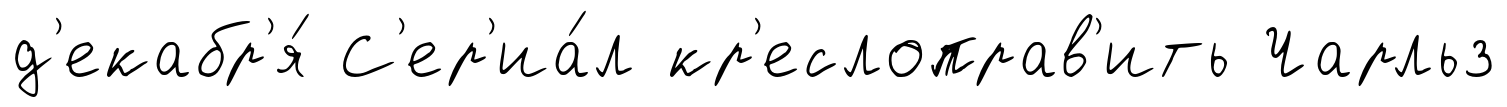
д'екабр'я́ С'ер'иа́л кр'еслоправ'ить Чарльз